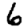
Digit: 6